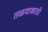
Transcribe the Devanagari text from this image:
तळयाकाठी